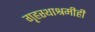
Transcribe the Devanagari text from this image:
गृहस्थाश्रमीही